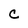
Character: C